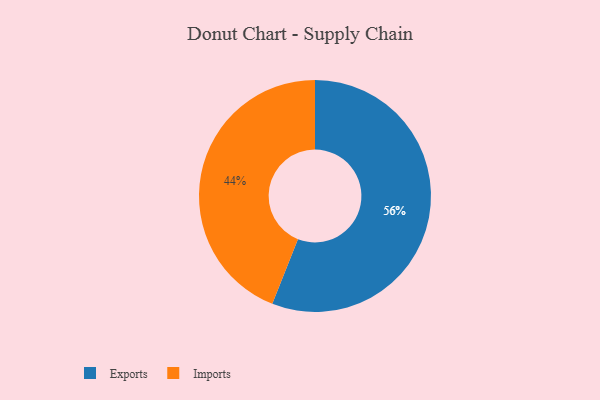
{"axis": {"x": "Category", "y": "Percentage"}, "legend": ["Exports", "Imports"], "data": [{"x": "Exports", "y": 56, "type": "Exports"}, {"x": "Imports", "y": 44, "type": "Imports"}]}